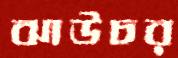
ঝাউচর